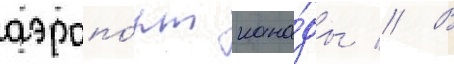
аэропо́рт кана́ды // В